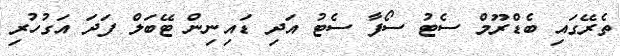
ތެރޭގައި ބެޑްރޫމް ސެޓު ސޯފާ ސެޓު އަދި ޑައިނިން ޓޭބަލް ފަދަ އަގުހުރި